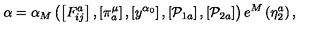
\alpha = \alpha _ { M } \left( \left[ F _ { i j } ^ { a } \right] , \left[ \pi _ { a } ^ { \mu } \right] , \left[ y ^ { \alpha _ { 0 } } \right] , \left[ \mathcal { P } _ { 1 a } \right] , \left[ \mathcal { P } _ { 2 a } \right] \right) e ^ { M } \left( \eta _ { 2 } ^ { a } \right) ,